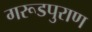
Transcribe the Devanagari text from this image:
गरूडपुराण